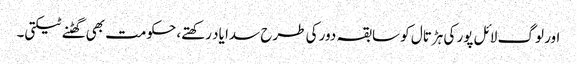
اور لوگ لائل پور کی ہڑتال کو سابقہ دور کی طرح سدا یاد رکھتے، حکومت بھی گھٹنے ٹیکتی۔